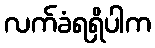
လက်ခံရရှိပါက